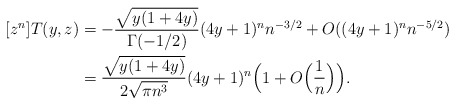
\begin{align*} [z^n]T(y, z) &= -\frac{\sqrt{y(1+4y)}}{\Gamma(-1/2)}(4y+1)^{n}n^{-3/2} + O((4y+1)^n n^{-5/2}) \\ &=\frac{\sqrt{y(1+4y)}}{2\sqrt{\pi n^3}}(4y+1)^n\Bigl(1+O\Bigl(\frac1n\Bigr)\Bigr). \end{align*}